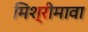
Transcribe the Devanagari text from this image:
मिश्रीमावा